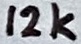
Text: 12k